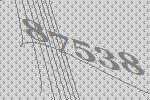
87538